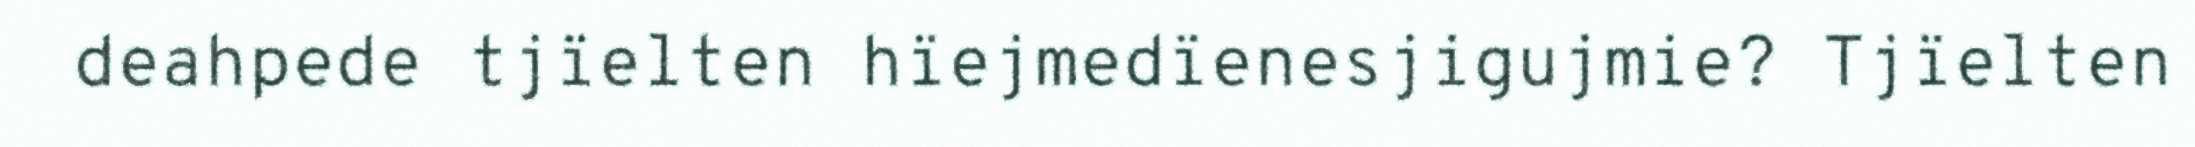
deahpede tjïelten hïejmedïenesjigujmie? Tjïelten